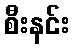
စီးနင်း